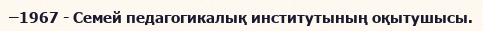
–1967 - Семей педагогикалық институтының оқытушысы.